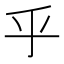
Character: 乎